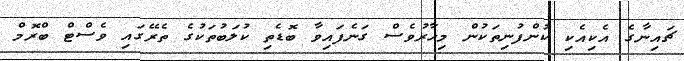
ޗައިނާގެ އެކިއެކި ކުންފުނިތަކުން މިހާރުވެސް ގަނެފައިވާ ބޮޑެތި ކުލަބުތަކުގެ ތެރޭގައި ވެސްޓް ބްރޮމް